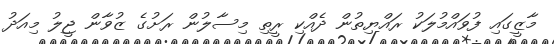
މާޒީގައި ފުވައްމުލަކު ރައްޔިތުން ދެއްކި ރީތި މިސާލުން ރަށުގެ ޒުވާން ޖީލު މިއަދު